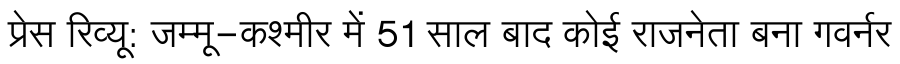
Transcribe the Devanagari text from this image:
प्रेस रिव्यू: जम्मू-कश्मीर में 51 साल बाद कोई राजनेता बना गवर्नर